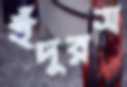
ইঁদুরস